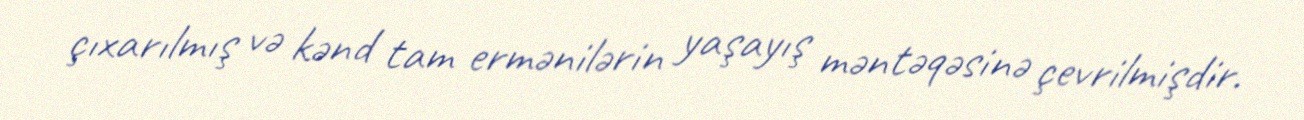
çıxarılmış və kənd tam ermənilərin yaşayış məntəqəsinə çevrilmişdir.